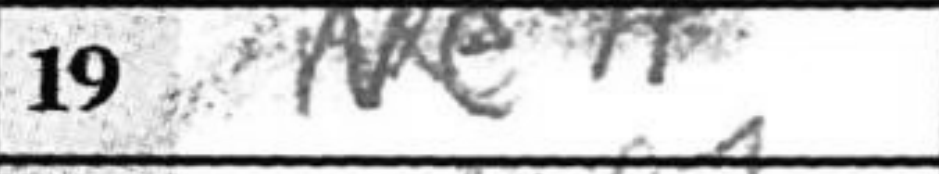
Transcription: Ne7+